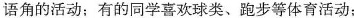
语角的活动；有的同学喜欢球类、跑步等体育活动；